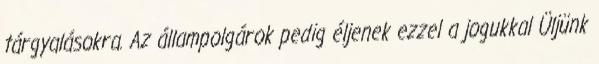
tárgyalásokra. Az állampolgárok pedig éljenek ezzel a jogukkal Üljünk